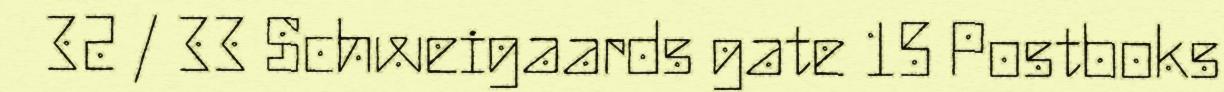
32 / 33 Schweigaards gate 15 Postboks